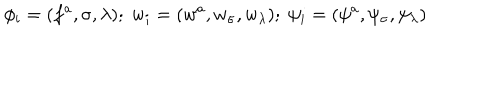
\phi _ { i } = ( f ^ { a } , \sigma , \lambda ) ; \; w _ { i } = ( w ^ { a } , w _ { \sigma } , w _ { \lambda } ) ; \; \psi _ { i } = ( \psi ^ { a } , \psi _ { \sigma } , \psi _ { \lambda } )